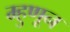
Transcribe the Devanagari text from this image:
म्हुणून